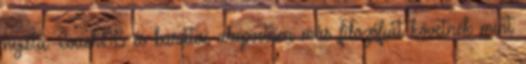
nyista. CouchDB és barátai alapvetően más filozófiát követnek mint